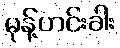
မုန့်ဟင်းခါး